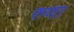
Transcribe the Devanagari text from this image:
रुणा